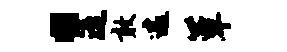
“遥敢遽簟